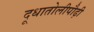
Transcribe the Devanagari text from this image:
दूधातोलीपौढ़ी